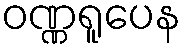
ဝဏ္ဏရူပေန